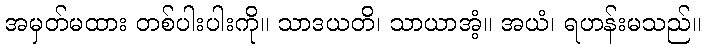
အမှတ်မထား တစ်ပါးပါးကို။ သာဒယတိ၊ သာယာအံ့။ အယံ၊ ရဟန်းမသည်။